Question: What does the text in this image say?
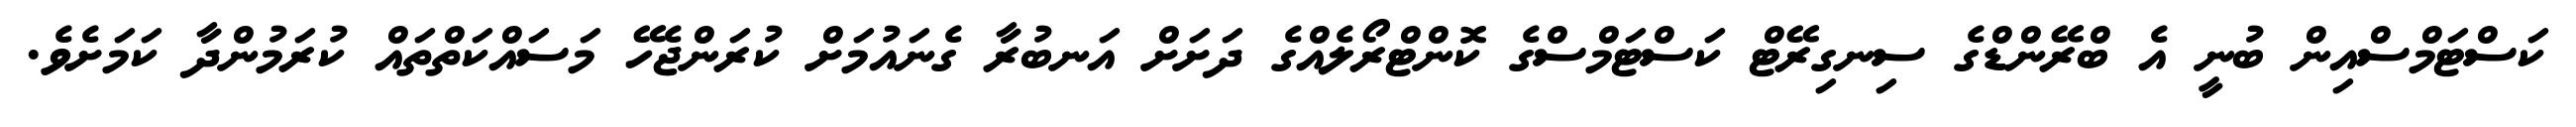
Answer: ކަސްޓަމްސްއިން ބުނީ އެ ބްރޭންޑްގެ ސިނގިރޭޓް ކަސްޓަމްސްގެ ކޮންޓްރޯލެއްގެ ދަށަށް އަނބުރާ ގެނައުމަށް ކުރަންޖެހޭ މަސައްކަތްތައް ކުރަމުންދާ ކަމަށެވެ.